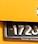
172